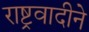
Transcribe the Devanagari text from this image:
राष्ट्रवादीने